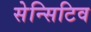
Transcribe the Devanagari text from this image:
सेन्सिटिव